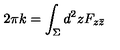
2 \pi k = \int _ { \Sigma } d ^ { 2 } z F _ { z \bar { z } }